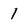
Character: 1